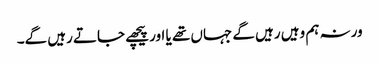
ورنہ ہم وہیں رہیں گے جہاں تھے یا اور پیچھے جاتے رہیں گے۔